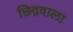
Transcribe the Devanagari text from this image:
छिद्रवाला